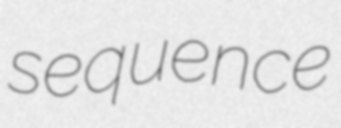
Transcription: sequence